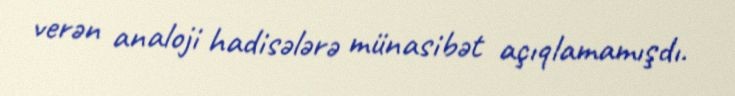
verən analoji hadisələrə münasibət açıqlamamışdı.